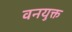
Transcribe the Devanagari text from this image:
वनयुक्त